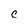
Character: C